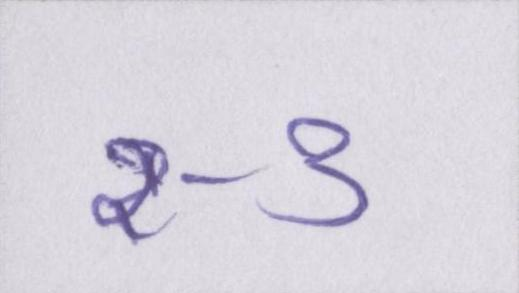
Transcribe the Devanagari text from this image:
२-३